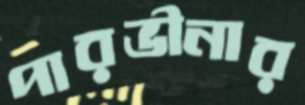
পারভীনার